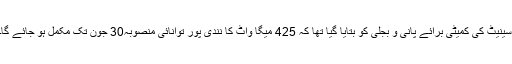
سینیٹ کی کمیٹی برائے پانی و بجلی کو بتایا گیا تھا کہ 425 میگا واٹ کا نندی پور توانائی منصوبہ30 جون تک مکمل ہو جائے گا۔